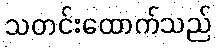
သတင်းထောက်သည်